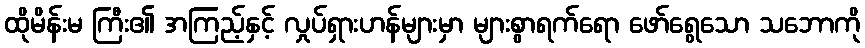
ထိုမိန်းမ ကြီး၏ အကြည့်နှင့် လှုပ်ရှားဟန်များမှာ များစွာရက်ရော ဖော်ရွေသော သဘောကို